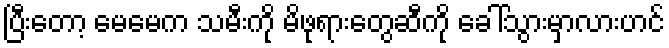
ပြီးတော့ မေမေက သမီးကို မိဖုရားတွေဆီကို ခေါ်သွားမှာလားဟင်